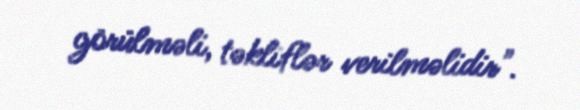
görülməli, təkliflər verilməlidir".